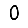
Digit: 0